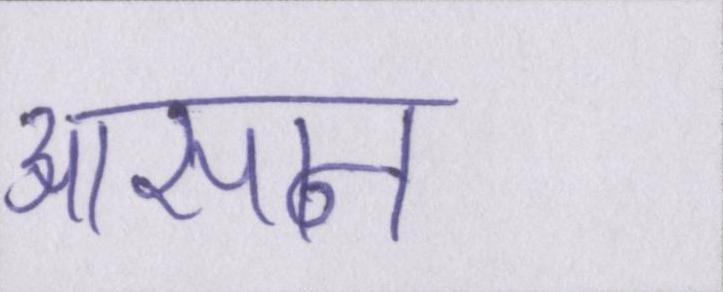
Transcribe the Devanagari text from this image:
आसन